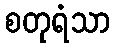
စတုရံသာ